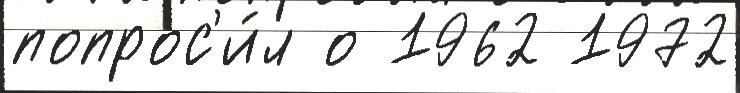
попрос'и́л о 1962 1972